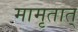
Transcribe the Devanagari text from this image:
मामृतात्